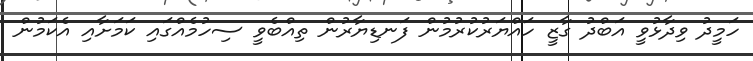
ހަމީދު ވިދާޅުވީ އަބްދު ގާޒީ ހައްޔަރުކުރުމުން ފަނޑިޔާރުން ތިއްބެވީ ސިހުމެއްގައި ކަމަށާއި އެކަމުން